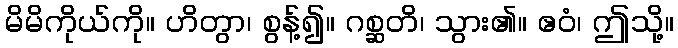
မိမိကိုယ်ကို။ ဟိတွာ၊ စွန့်၍။ ဂစ္ဆတိ၊ သွား၏။ ဧဝံ၊ ဤသို့။